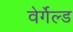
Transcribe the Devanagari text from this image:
वेर्गेल्ड